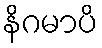
နိဂမာပိ